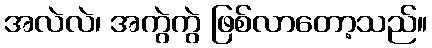
အလဲလဲ၊ အကွဲကွဲ ဖြစ်လာတော့သည်။